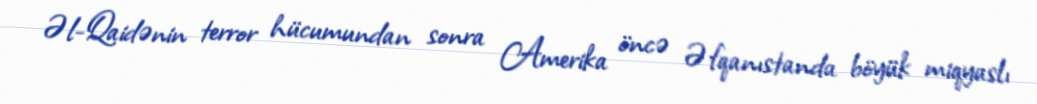
Əl-Qaidənin terror hücumundan sonra Amerika öncə Əfqanıstanda böyük miqyaslı